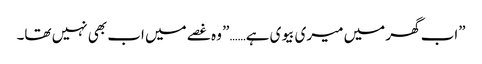
”اب گھر میں میری بیوی ہے……” وہ غصے میں اب بھی نہیں تھا۔